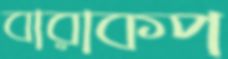
বারাকপ